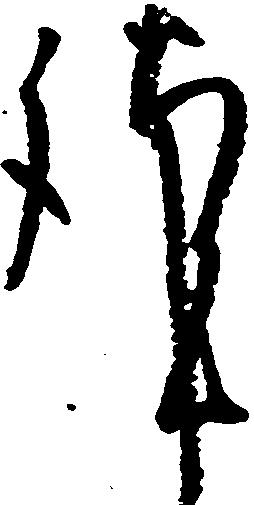
謹